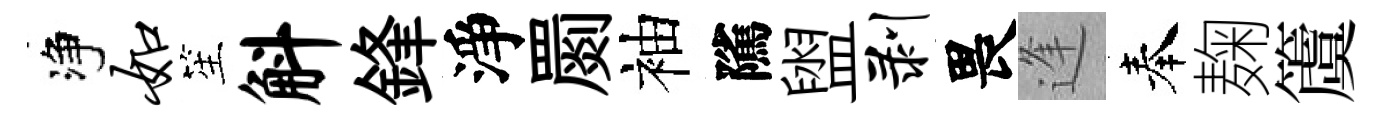
净如笙斛鋒淨罽袖隲盥剥畏逢奉麹𥵂